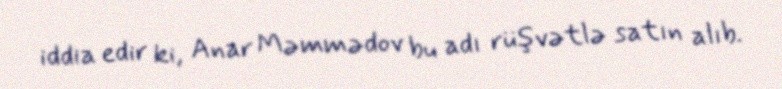
iddia edir ki, Anar Məmmədov bu adı rüşvətlə satın alıb.